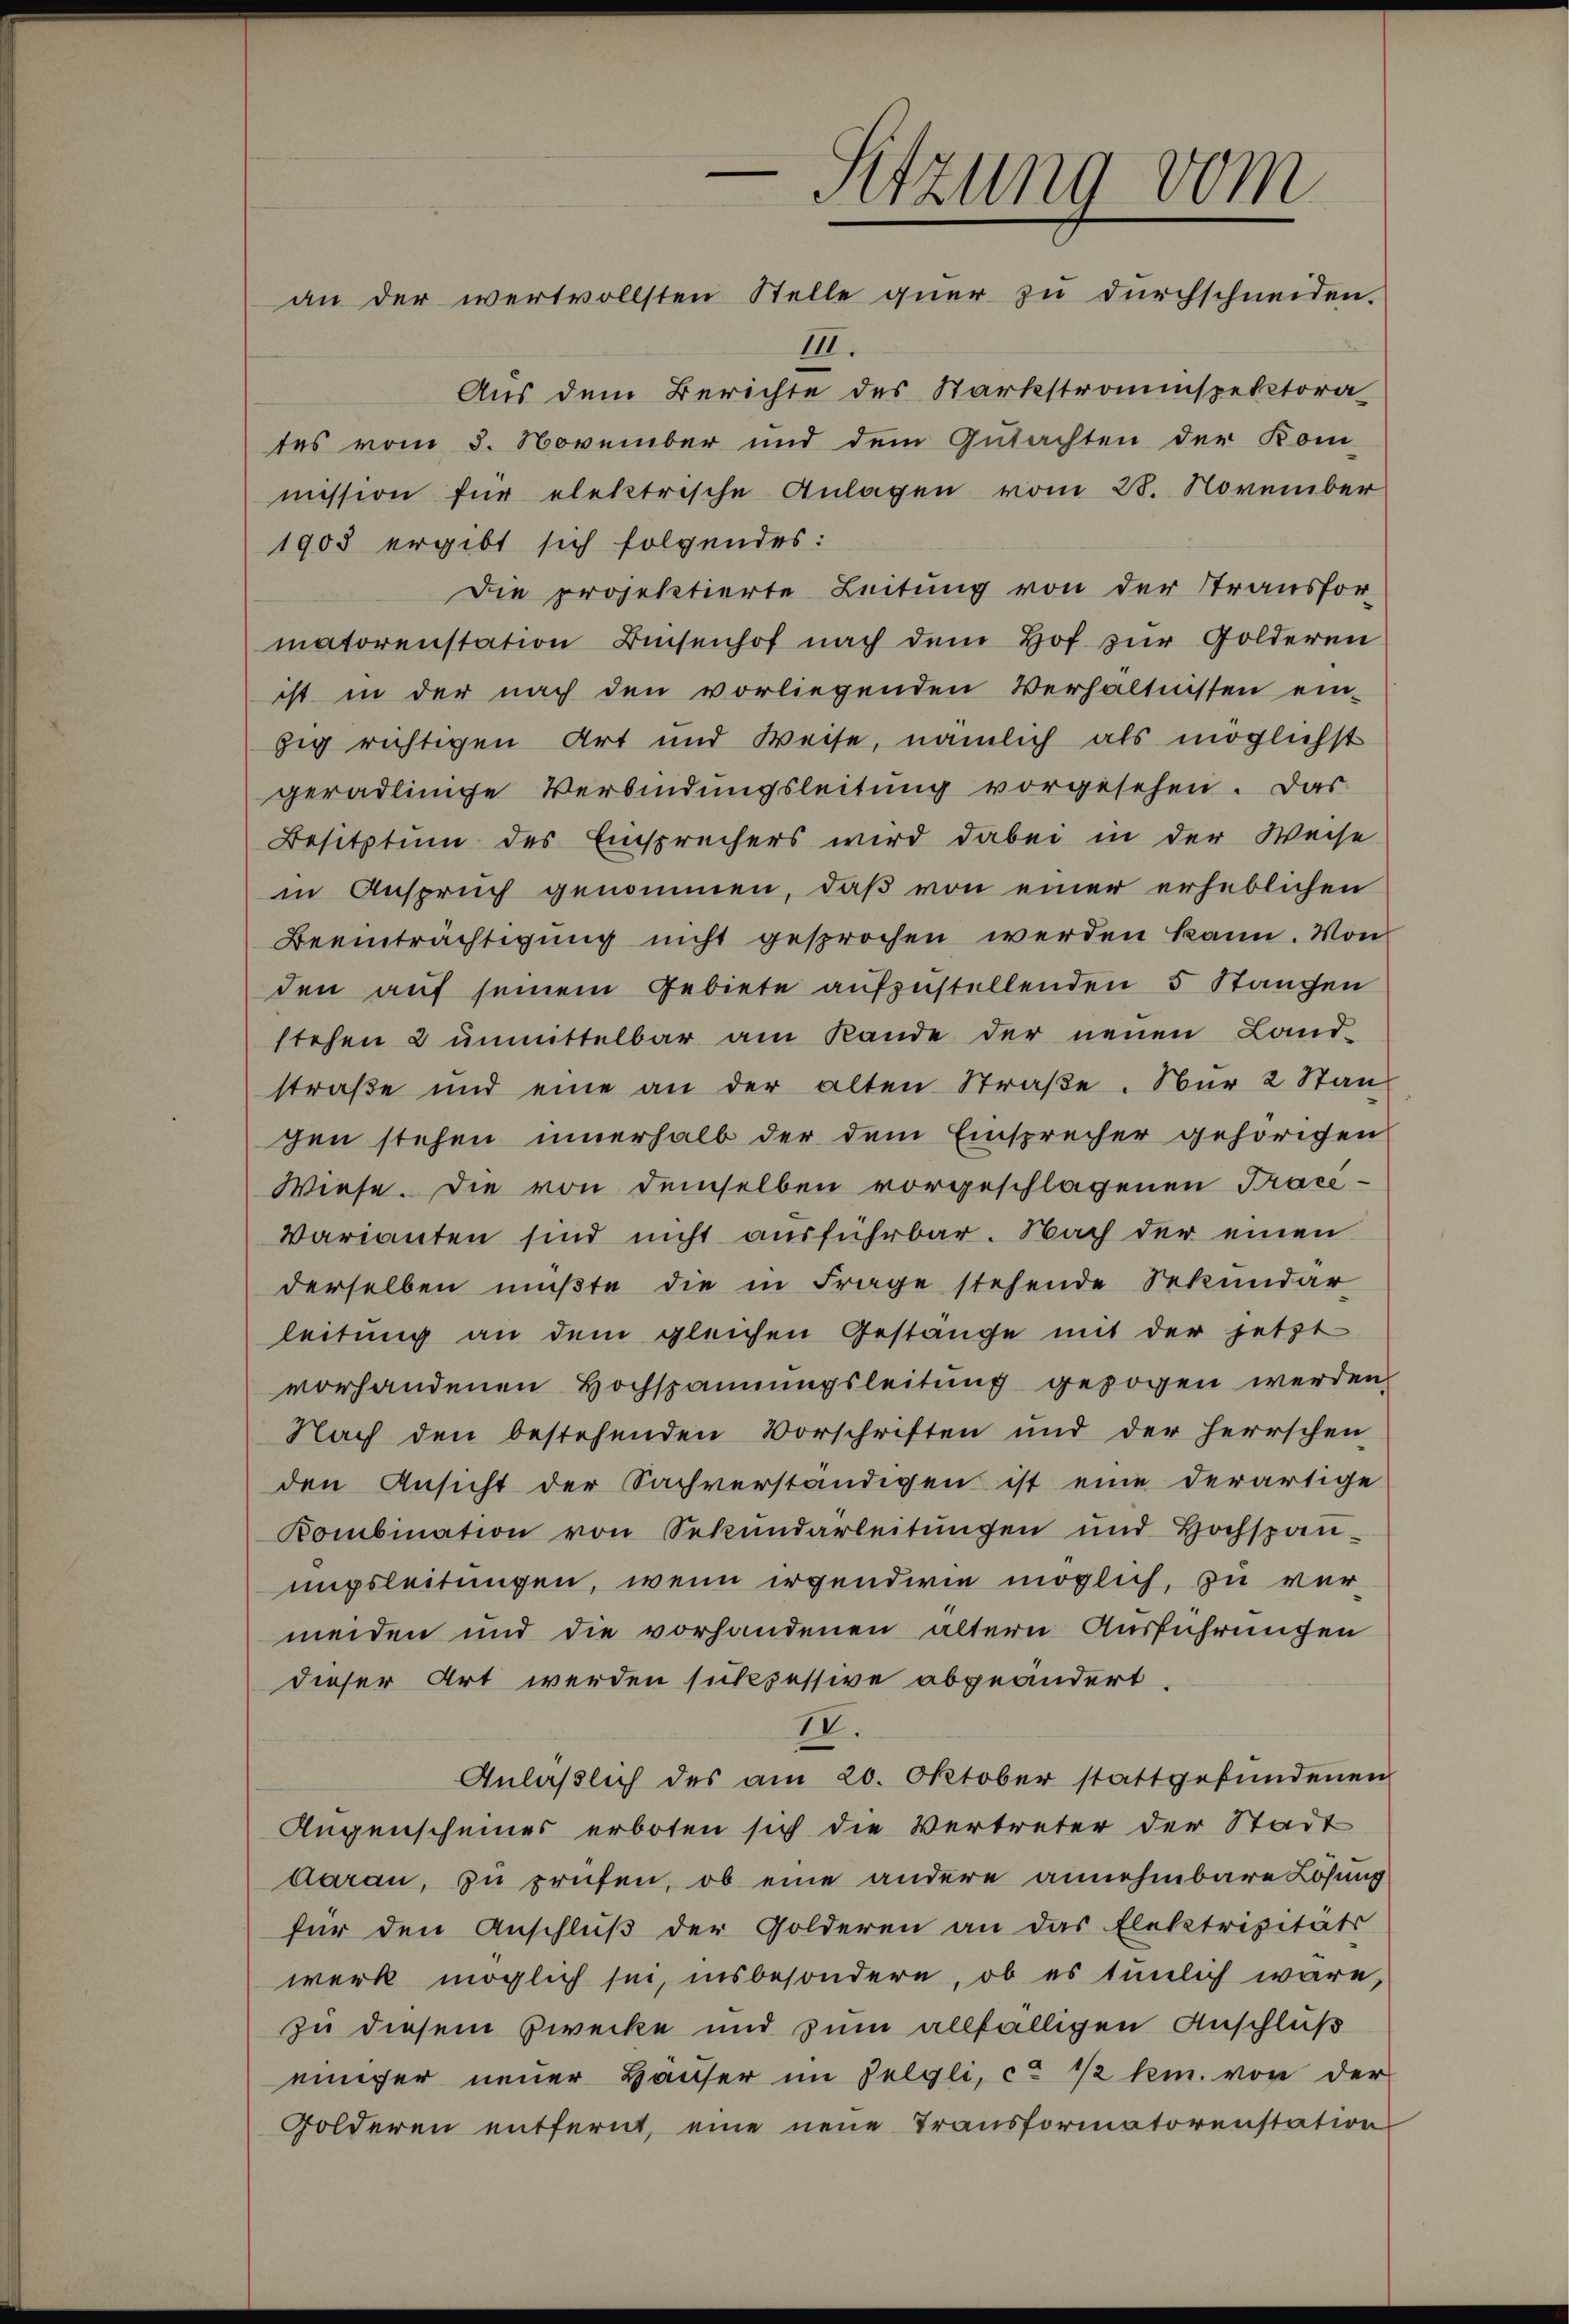
“
Sitzung vom
an der wertvollsten Stelle quer zu durchschneiden.

III.
Aus dem Berichte des Starkstromspektora
tes vom 3. November und dem Gutachten der Kom-
mission für elektrische Anlagen vom 28. November
1903 ergibt sich folgendes:
Die projektierte Leitung von der Stransfor-
matorenstation Bisenhof nach dem Hof zur Golderen
ist in der nach den vorliegenden Verhältnissen ein-
zig richtigen Art und Weise, nämlich als möglichst
geradlinge Verbindungsleitung vorgesehen. Das
Besitztum des Einsprechers wird dabei in der Weise
in Anspruch genommen, daß von einer erheblichen
Beeinträchtigung nicht gesprochen werden kann. Von
den auf seinem Gebiete aufzustellenden 5 Stangen
stehen 2 unmittelbar am Rande der neuen Land-
straße und eine an der alten Straβe. Nur 2 Stan-
gen stehen innerhalb der dem Einsprecher gehörigen
Wiese. Die von demselben vorgeschlagenen Praci¬
Varianten sind nicht ausführbar. Nach der einen
derselben müßte die in Frage stehende Sekundar
leitung an dem gleichen Gestange mit der jetzt
vorhandenen Hochspannungsleitung gezogen werden.
Nach den bestehenden Vorschriften und der Herrschen
den Ansicht der Sachverständigen ist eine derartige
Kombination von Sekŭndarleitŭngen und Hochspaŭ-
ungsleitungen, wenn irgendwie möglich, zu vermeiden und die vorhandenen ältern Ausführungen
dieser Art werden sichsessive abgeändert.
II.
Anläßlich des am 20. Oktober stattgefundenen
Augenscheines erboten sich die Vertreter der Stadt
daran, zu prüfen, ob eine andere annehmbare Lösung
für den Anschluß der Golderen an das Elektrizitäts-
werk möglich sei, insbesondere, ob es tunlich wäre,
zu diesem Zwecke und zum allfälligen Anschluß
einiger neuer Häuser im Felgli, ca 1/2 kr. von der
Golderen entfernt, eine neue Transformatorenstation